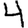
Digit: 4